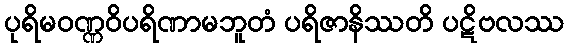
ပုရိမဝဏ္ဏဝိပရိဏာမဘူတံ ပရိဇာနိဿတိ ပဋိဗလဿ